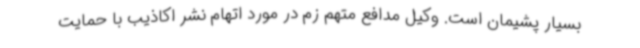
بسیار پشیمان است. وکیل مدافع متهم زم در مورد اتهام نشر اکاذیب با حمایت